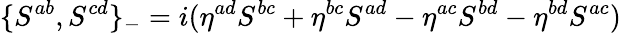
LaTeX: \{ S^{ab},S^{cd}\} _{-}=i(\eta^{ad}S^{bc}+\eta^{bc}S^{ad}-\eta^{ac}S^{bd}-\eta^{bd}S^{ac})